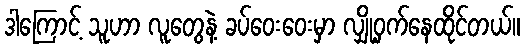
ဒါကြောင့် သူဟာ လူတွေနဲ့ ခပ်ဝေးဝေးမှာ လျှို့ဝှက်နေထိုင်တယ်။